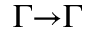
\Gamma { \to } \Gamma